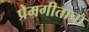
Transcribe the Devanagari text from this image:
प्रेमगीताचा